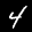
Label: 4